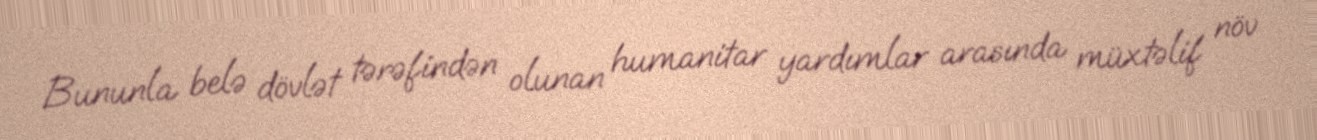
Bununla belə dövlət tərəfindən olunan humanitar yardımlar arasında müxtəlif növ